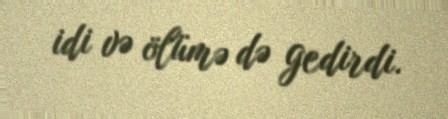
idi və ölümə də gedirdi.